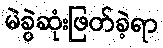
မဲခွဲဆုံးဖြတ်ခဲ့ရာ